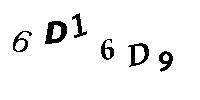
6D16D9